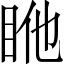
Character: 𥅂